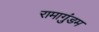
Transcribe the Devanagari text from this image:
रामागुंडम